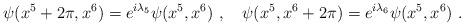
LaTeX: \begin{align*}\psi (x^5 + 2\pi, x^6) = e^{i \lambda_5} \psi (x^5 , x^6) \ ,\quad\psi (x^5, x^6 + 2\pi) = e^{i \lambda_6} \psi (x^5 , x^6)\ .\end{align*}